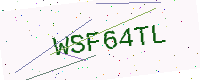
Text: WSF64TL